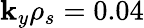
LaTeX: \mathbf{k}_{y}\rho_{s}=0.04